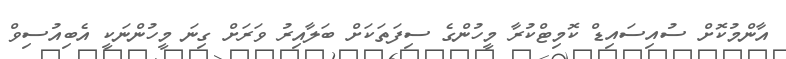
އާންމުކޮށް ސުއިސައިޑް ކޮމިޓްކުރާ މީހުންގެ ސިފަތަކަށް ބަލާއިރު ވަރަށް ގިނަ މީހުންނަކީ އެބިއުސިވް